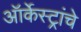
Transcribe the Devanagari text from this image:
ऑर्केस्ट्रांचे